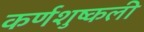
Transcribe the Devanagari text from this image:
कर्णशुष्कली